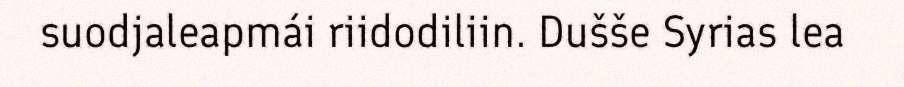
suodjaleapmái riidodiliin. Dušše Syrias lea